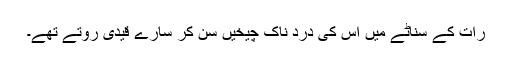
رات کے سناٹے میں اس کی درد ناک چیخیں سن کر سارے قیدی روتے تھے۔